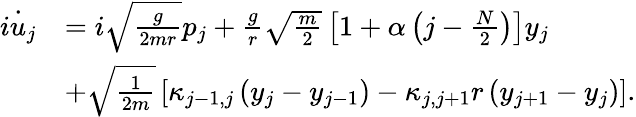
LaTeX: \begin{array}{rl}{\dot{iu_{j}}}&{=i\sqrt{\frac{g}{2mr}}p_{j}+\frac{g}{r}\sqrt{\frac{m}{2}}\left[1+\alpha\left(j-\frac{N}{2}\right)\right]y_{j}}\\ &{+\sqrt{\frac{1}{2m}}\left[\kappa_{j-1,j}\left(y_{j}-y_{j-1}\right)-\kappa_{j,j+1}r\left(y_{j+1}-y_{j}\right)\right].}\end{array}